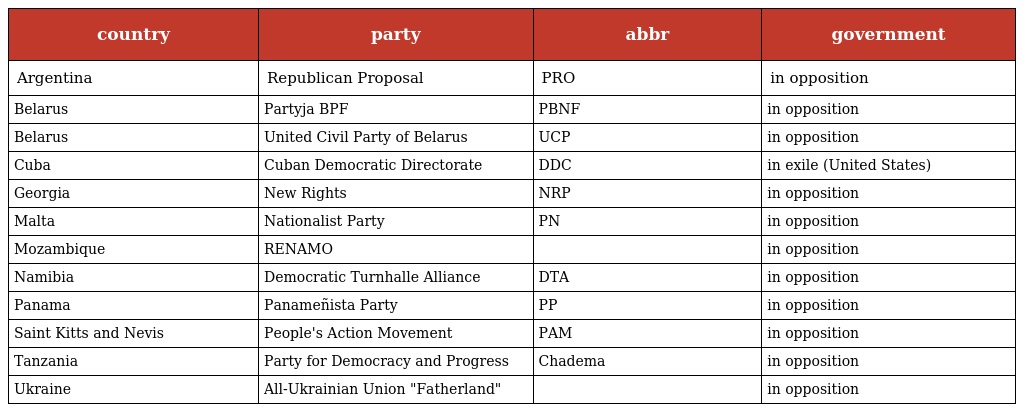
| country | party | abbr | government |
 | --- | --- | --- | --- |
 | Argentina | Republican Proposal | PRO | in opposition |
 | Belarus | Partyja BPF | PBNF | in opposition |
 | Belarus | United Civil Party of Belarus | UCP | in opposition |
 | Cuba | Cuban Democratic Directorate | DDC | in exile (United States) |
 | Georgia | New Rights | NRP | in opposition |
 | Malta | Nationalist Party | PN | in opposition |
 | Mozambique | RENAMO |  | in opposition |
 | Namibia | Democratic Turnhalle Alliance | DTA | in opposition |
 | Panama | Panameñista Party | PP | in opposition |
 | Saint Kitts and Nevis | People's Action Movement | PAM | in opposition |
 | Tanzania | Party for Democracy and Progress | Chadema | in opposition |
 | Ukraine | All-Ukrainian Union "Fatherland" |  | in opposition |